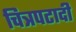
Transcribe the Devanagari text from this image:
चित्रपटादी